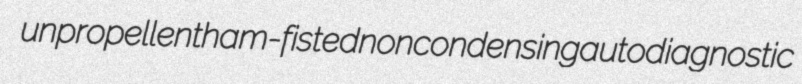
unpropellent ham-fisted noncondensing autodiagnostic